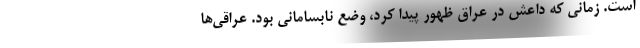
است. زمانی که داعش در عراق ظهور پیدا کرد، وضع نابسامانی بود. عراقی‌ها